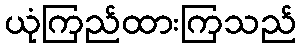
ယုံကြည်ထားကြသည်